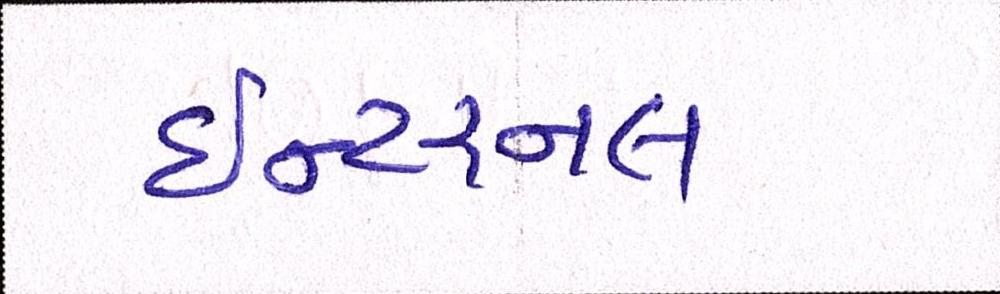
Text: ઇન્ટરનલ